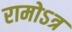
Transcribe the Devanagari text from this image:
रामोऽत्र